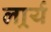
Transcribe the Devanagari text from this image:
लार्र्य